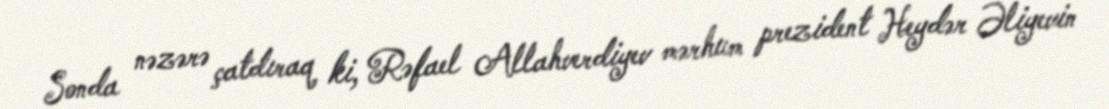
Sonda nəzərə çatdıraq ki, Rəfael Allahverdiyev mərhum prezident Heydər Əliyevin